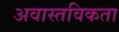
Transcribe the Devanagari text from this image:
अवास्तविकता